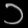
Digit: ၁